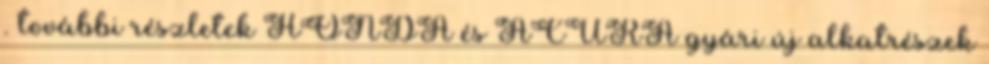
. további részletek HONDA és ACURA gyári új alkatrészek